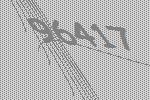
96417